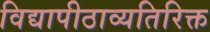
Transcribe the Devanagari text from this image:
विद्यापीठाव्यतिरिक्त